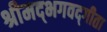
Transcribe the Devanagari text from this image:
श्रीमद्‍भगवद्‍गीता